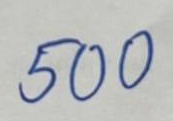
500